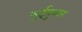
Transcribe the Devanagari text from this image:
सुईयुआन